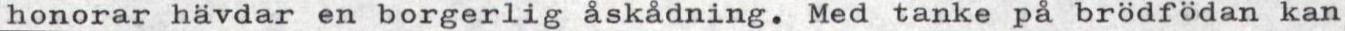
honorar hävdar en borgerlig åskådning. Med tanke på brödfödan kan